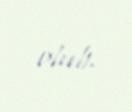
olub.